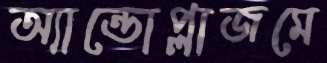
অ্যান্ডোপ্লাজমে